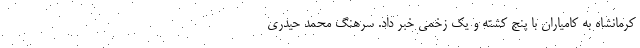
کرمانشاه به کامیاران با پنج کشته و یک زخمی خبر داد. سرهنگ محمد حیدری